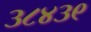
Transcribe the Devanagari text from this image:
३८४३९